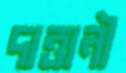
দাত্তানী